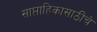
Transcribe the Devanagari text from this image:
साप्ताहिकासाठीचे